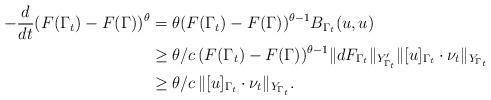
LaTeX: \begin{align*}\begin{aligned} -\frac{d}{dt}(F(\Gamma_t)-F(\Gamma))^\theta&=\theta (F(\Gamma_t)-F(\Gamma))^{\theta-1}B_{\Gamma_t}(u,u)\\ &\ge \theta/c\, (F(\Gamma_t)-F(\Gamma))^{\theta-1} \|dF_{\Gamma_t}\|_{Y'_{\Gamma_t}}\|[u]_{\Gamma_t}\cdot\nu_t\|_{Y_{\Gamma_t}}\\ &\ge \theta/c\, \|[u]_{\Gamma_t}\cdot\nu_t\|_{Y_{\Gamma_t}}. \end{aligned}\end{align*}